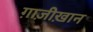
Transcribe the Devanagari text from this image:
ग़ाज़ीख़ान